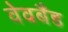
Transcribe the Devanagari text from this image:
वेवबैंड